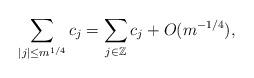
LaTeX: \begin{align*}\sum_{ |j| \leq m^{1/4}} c_j = \sum_{ j \in \mathbb{Z}} c_j + O( m^{ - 1/4} ),\end{align*}